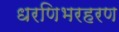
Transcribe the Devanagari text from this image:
धरणिभरहरण